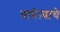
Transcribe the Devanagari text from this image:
वाघेऱ्याचे